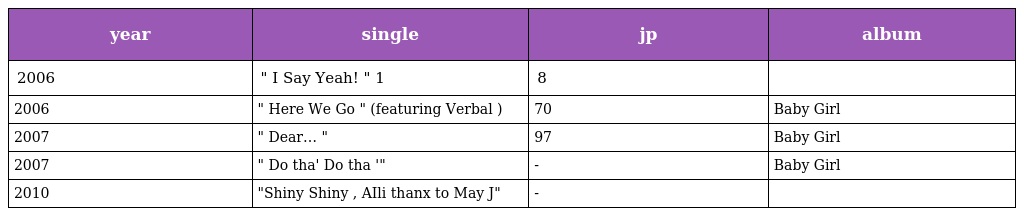
| year | single | jp | album |
 | --- | --- | --- | --- |
 | 2006 | " I Say Yeah! " 1 | 8 |  |
 | 2006 | " Here We Go " (featuring Verbal ) | 70 | Baby Girl |
 | 2007 | " Dear… " | 97 | Baby Girl |
 | 2007 | " Do tha' Do tha '" | - | Baby Girl |
 | 2010 | "Shiny Shiny , AIli thanx to May J" | - |  |